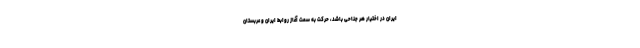
ایران در اختیار هر جناحی باشد، حرکت به سمت آغاز روابط ایران و عربستان